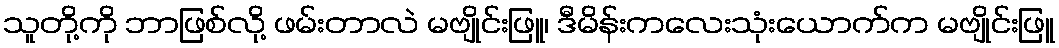
သူတို့ကို ဘာဖြစ်လို့ ဖမ်းတာလဲ မဗျိုင်းဖြူ၊ ဒီမိန်းကလေးသုံးယောက်က မဗျိုင်းဖြူ